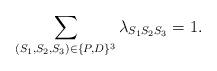
LaTeX: \begin{align*} \sum_{ (S_1,S_2,S_3) \in \{P, D\}^3}\lambda_{S_1S_2S_3} = 1. \end{align*}